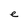
Character: e